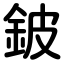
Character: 鈹